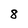
Character: 8